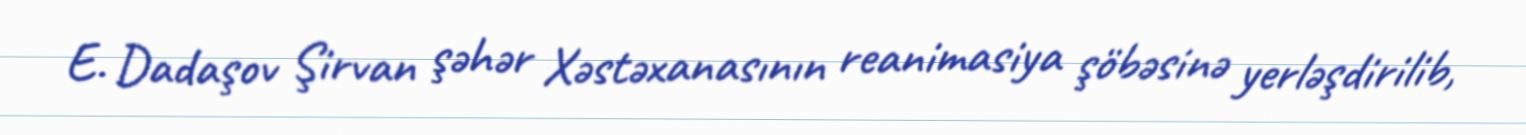
E. Dadaşov Şirvan şəhər Xəstəxanasının reanimasiya şöbəsinə yerləşdirilib,